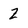
Character: 2